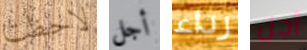
لاحظت أجل رداء أجل